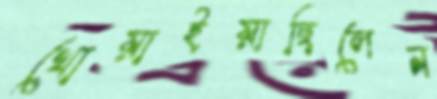
খোয়াইয়াছিলেন